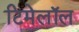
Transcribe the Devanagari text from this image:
टिमेलॉल